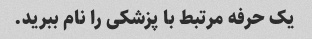
یک حرفه مرتبط با پزشکی را نام ببرید.